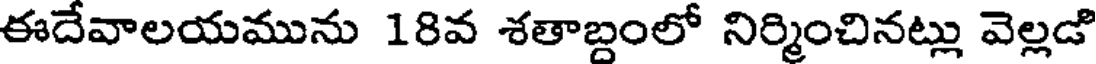
ఈదేవాలయమును 18వ శతాబ్దంలో నిర్మించినట్లు వెల్లడి